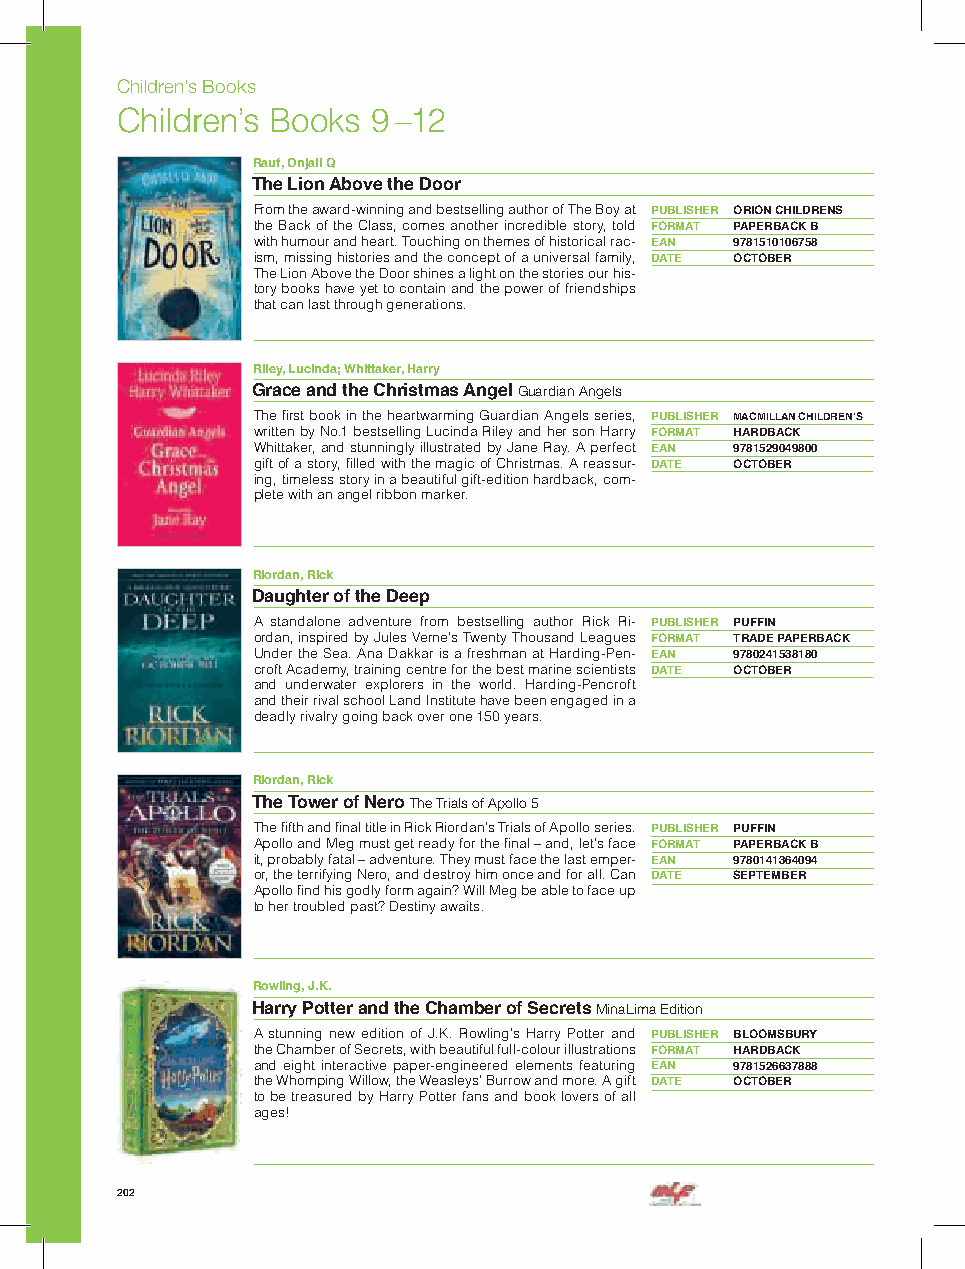
Children’s Books
 Children’s Books 9 –1 2
 Rauf, Onjali Q
 The Lion Above the Door
 From the award-winning and bestselling author of The Boy at PUBLISHER ORION CHILDRENS
 the Back of the Class, comes another incredible story, told FORMAT PAPERBACK B
 with humour and heart. Touching on themes of historical rac- EAN 9781510106758
 ism, missing histories and the concept of a universal family, DATE OCTOBER
 The Lion Above the Door shines a light on the stories our his-
 tory books have yet to contain and the power of friendships
 that can last through generations.
 Riley, Lucinda; Whittaker, Harry
 Grace and the Christmas Angel Guardian Angels
 The first book in the heartwarming Guardian Angels series, PUBLISHER MACMILLAN CHILDREN’S
 written by No.1 bestselling Lucinda Riley and her son Harry FORMAT HARDBACK
 Whittaker, and stunningly illustrated by Jane Ray. A perfect EAN 9781529049800
 gift of a story, filled with the magic of Christmas. A reassur- DATE OCTOBER
 ing, timeless story in a beautiful gift-edition hardback, com-
 plete with an angel ribbon marker.
 Riordan, Rick
 Daughter of the Deep
 A standalone adventure from bestselling author Rick Ri- PUBLISHER PUFFIN
 ordan, inspired by Jules Verne’s Twenty Thousand Leagues FORMAT TRADE PAPERBACK
 Under the Sea. Ana Dakkar is a freshman at Harding-Pen- EAN 9780241538180
 croft Academy, training centre for the best marine scientists DATE OCTOBER
 and underwater explorers in the world. Harding-Pencroft
 and their rival school Land Institute have been engaged in a
 deadly rivalry going back over one 150 years.
 Riordan, Rick
 The Tower of Nero The Trials of Apollo 5
 The fifth and final title in Rick Riordan’s Trials of Apollo series. PUBLISHER PUFFIN
 Apollo and Meg must get ready for the final – and, let’s face FORMAT PAPERBACK B
 it, probably fatal – adventure. They must face the last emper- EAN 9780141364094
 or, the terrifying Nero, and destroy him once and for all. Can DATE SEPTEMBER
 Apollo find his godly form again? Will Meg be able to face up
 to her troubled past? Destiny awaits.
 Rowling, J.K.
 Harry Potter and the Chamber of Secrets MinaLima Edition
 A stunning new edition of J.K. Rowling’s Harry Potter and PUBLISHER BLOOMSBURY
 the Chamber of Secrets, with beautiful full-colour illustrations FORMAT HARDBACK
 and eight interactive paper-engineered elements featuring EAN 9781526637888
 the Whomping Willow, the Weasleys’ Burrow and more. A gift DATE OCTOBER
 to be treasured by Harry Potter fans and book lovers of all
 ages!
 202